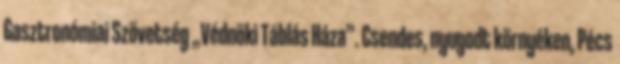
Gasztronómiai Szövetség „Védnöki Táblás Háza”. Csendes, nyugodt környéken, Pécs